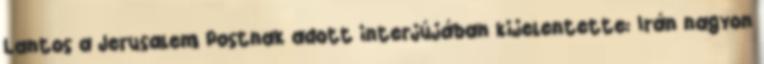
Lantos a Jerusalem Postnak adott interjújában kijelentette: Irán nagyon